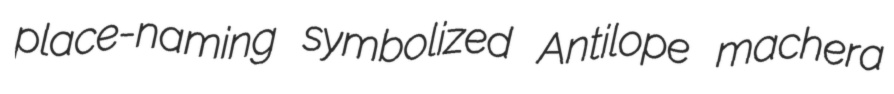
place-naming symbolized Antilope machera